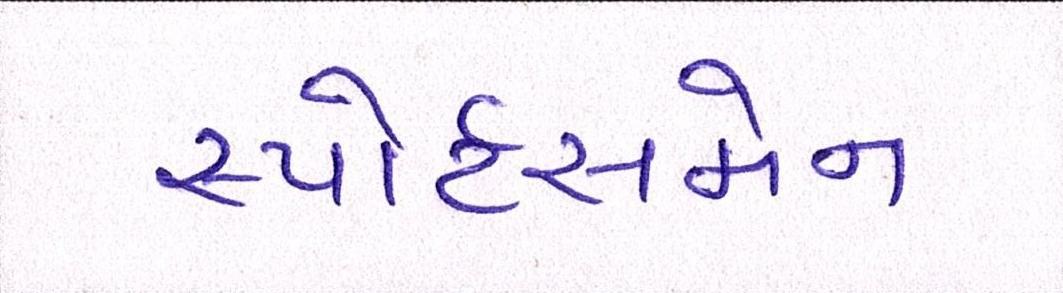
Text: સ્પોર્ટસમેન